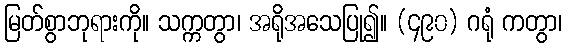
မြတ်စွာဘုရားကို။ သက္ကတွာ၊ အရိုအသေပြု၍။ (၄၉၀) ဂရုံ ကတွာ၊